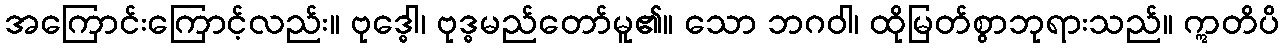
အကြောင်းကြောင့်လည်း။ ဗုဒ္ဓေါ၊ ဗုဒ္ဓမည်တော်မူ၏။ သော ဘဂဝါ၊ ထိုမြတ်စွာဘုရားသည်။ ဣတိပိ